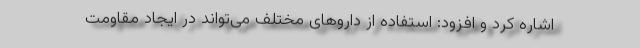
اشاره کرد و افزود: استفاده از داروهای مختلف می‌تواند در ایجاد مقاومت